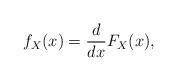
LaTeX: \begin{align*} f_X(x) = \frac{d}{dx}F_X(x), \end{align*}